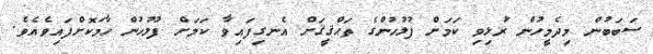
ސަބަބުން މިދެމީހުން ރުޅިވި ކަމަށް ފުލުހުންގެ ތަޙްޤީޤަށް އެނގިފައިވާ ކަމަށް ފުލުހުން ހާމަކޮށްފައިވެއެވެ.